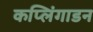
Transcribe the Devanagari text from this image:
कप्लिंगाडन